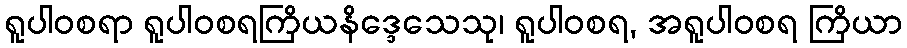
ရူပါဝစရာ ရူပါဝစရကြိယနိဒ္ဒေသေသု၊ ရူပါဝစရ, အရူပါဝစရ ကြိယာ